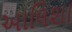
આલિશા